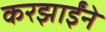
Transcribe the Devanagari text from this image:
करझाईंने